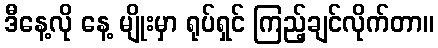
ဒီနေ့လို နေ့ မျိုးမှာ ရုပ်ရှင် ကြည့်ချင်လိုက်တာ။